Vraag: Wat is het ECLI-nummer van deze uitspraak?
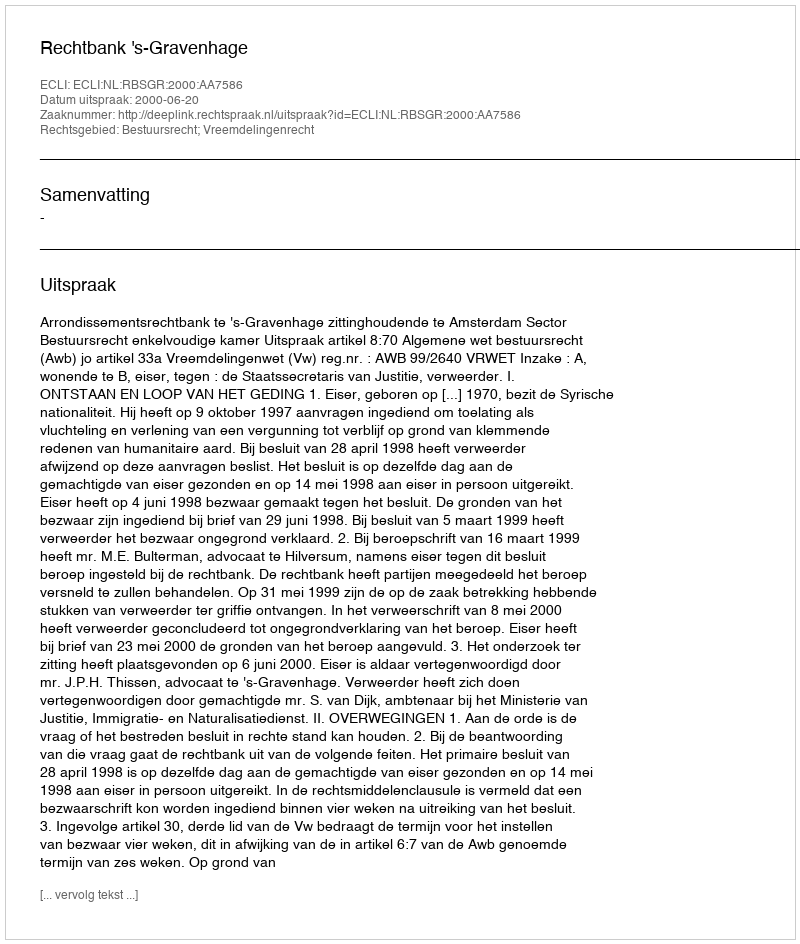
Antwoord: ECLI:NL:RBSGR:2000:AA7586